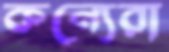
কন্যেরা